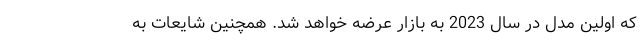
که اولین مدل در سال 2023 به بازار عرضه خواهد شد. همچنین شایعات به